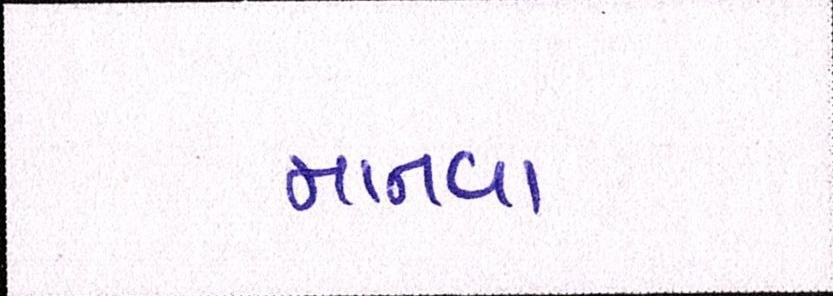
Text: માનવા